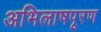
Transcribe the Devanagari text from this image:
अभिलाषपूरण